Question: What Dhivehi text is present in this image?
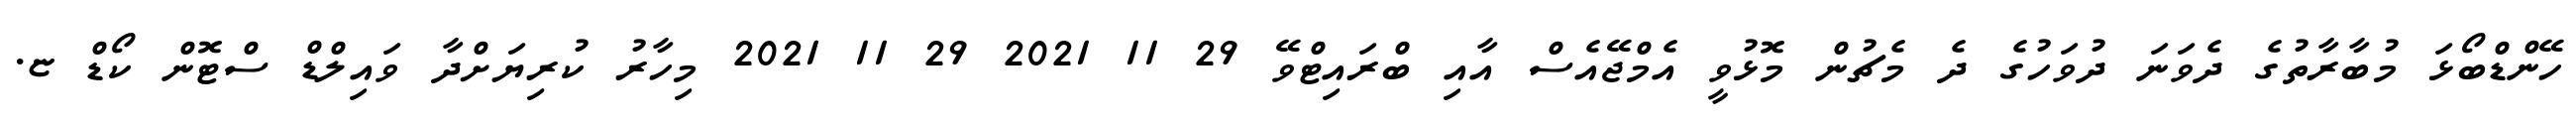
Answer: ހޭންޑްބޯޅަ މުބާރާތުގެ ދެވަނަ ދުވަހުގެ ދެ މެޗުން މޮޅުވީ އެމްޖޭއެސް އާއި ބްރައިޓްވޭ 29 11 2021 29 11 2021 މިހާރު ކުރިޔަށްދާ ވައިލްޑް ސްޓޮން ކޯޑް ޏ.